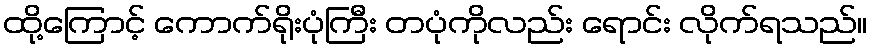
ထို့ကြောင့် ကောက်ရိုးပုံကြီး တပုံကိုလည်း ရောင်း လိုက်ရသည်။